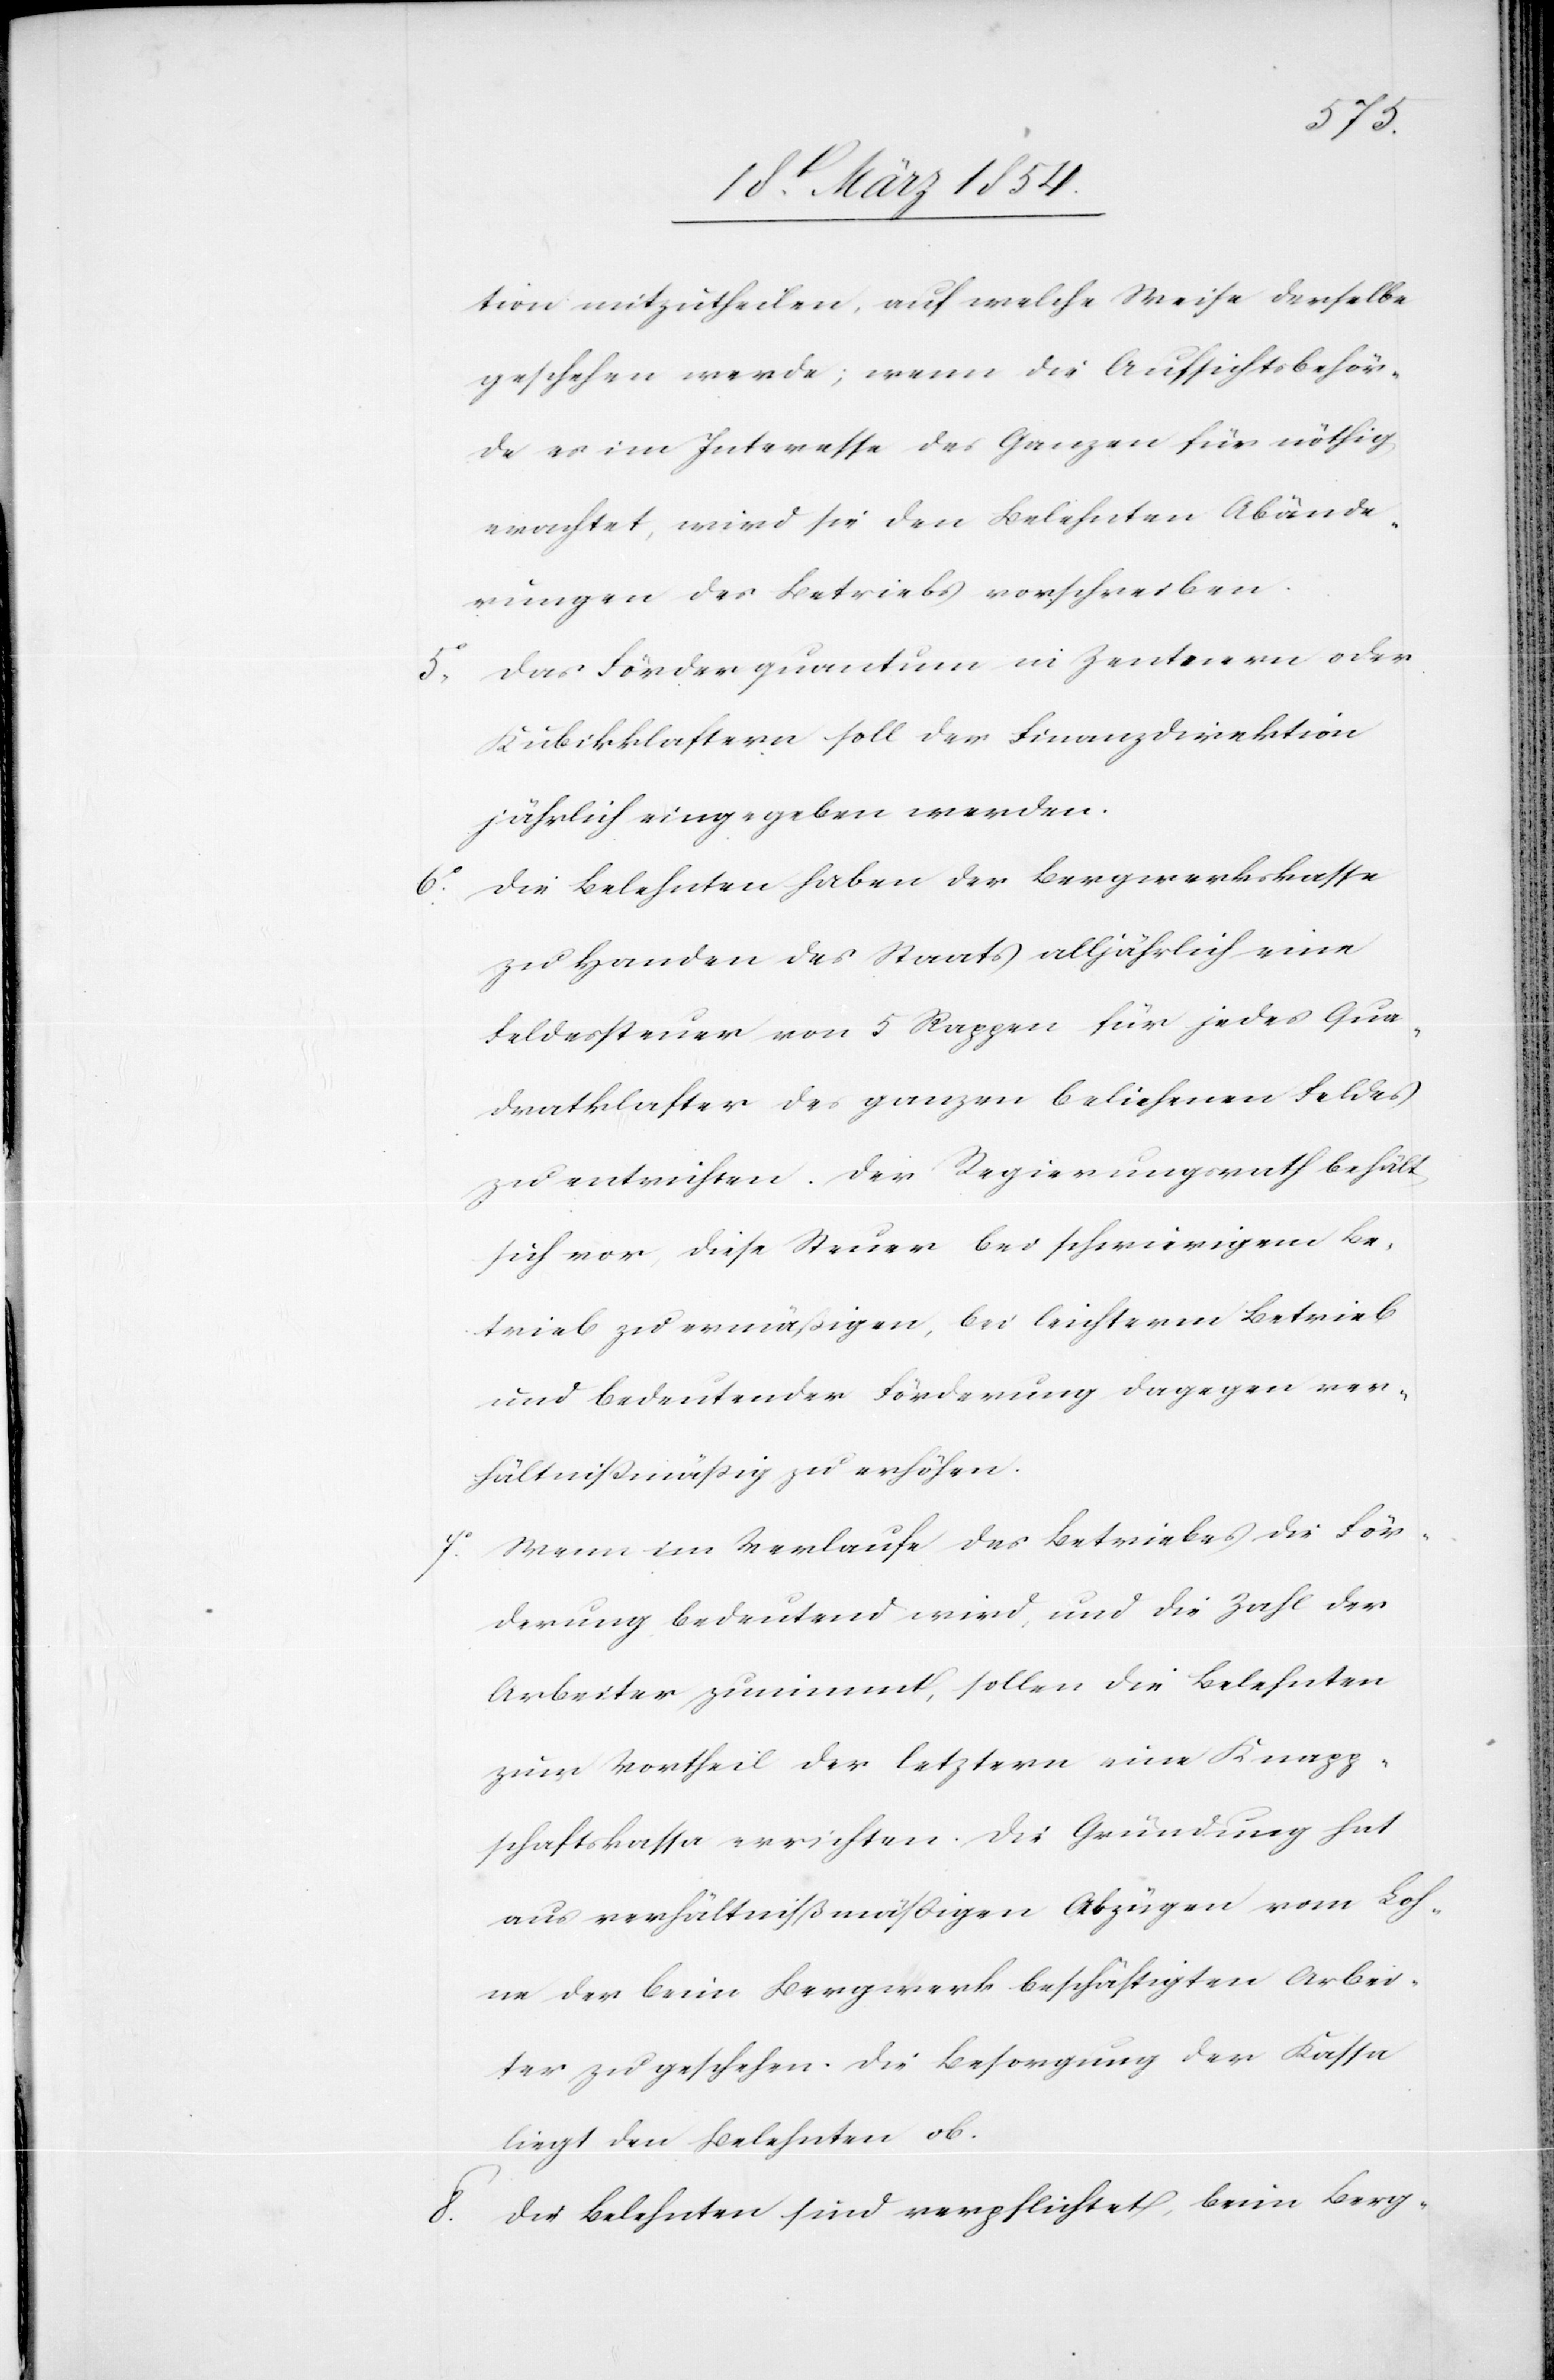
tion mitzutheilen, auf welche Weise derselbe
geschehen werde; wenn die Aufsichtsbehör¬
de es im Interesse des Ganzen für nöthig
erachtet, wird sie den Belehnten Abände¬
rungen des Betriebs vorschreiben.
5o Das Förderquantum in Zentnern oder
Kubikklastern soll der Finanzdirektion
jährlich eingegeben werden.
6o Die Belehnten haben der Bergwerkskasse
zu Handen des Staats alljährlich eine
Feldessteuer von 5 Rappen für jedes Qua¬
dratklaster des ganzen beliehenen Feldes
zu entrichten. Der Regierungsrath behält
sich vor, diese Steuer bei schwierigem Be¬
trieb zu ermäßigen, bei leichterm Betrieb
und bedeutender Förderung dagegen ver¬
hältnißmäßig zu erhöhen.
Wenn im Verlaufe des Betriebes die För¬
derung bedeutend wir, und die Zahl der
Arbeiter zunimmt, sollen die Belehnten
zum Vortheil der letztern eine Knapp¬
schaftskasse errichten. Die Gründung hat
aus verhältnißmäßigen Abzügen vom Loh¬
ne der beim Bergwerk beschäftigten Arbei¬
ter zu geschehen. Die Besorgung der Kasse
liegt den Belehnten ob.
8o Die Belehnten sind verpflichtet, beim Berg-